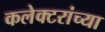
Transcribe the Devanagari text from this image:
कलेक्टरांच्या